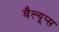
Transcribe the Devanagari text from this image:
वैल्यूप्स